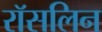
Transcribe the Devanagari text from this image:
रॉसलिन